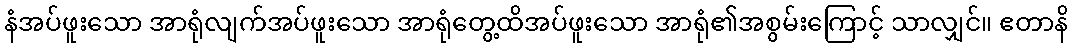
နံအပ်ဖူးသော အာရုံလျက်အပ်ဖူးသော အာရုံတွေ့ထိအပ်ဖူးသော အာရုံ၏အစွမ်းကြောင့် သာလျှင်။ ဧတာနိ